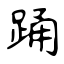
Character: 踊